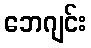
ဘေဂျင်း